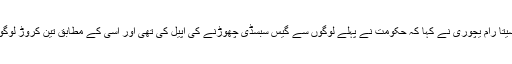
اس سے قبل مارکسی کمیونسٹ پارٹی (سی پی ایم) کے لیڈر سیتا رام یچوری نے کہا کہ حکومت نے پہلے لوگوں سے گیس سبسڈی چھوڑنے کی اپیل کی تھی اور اسی کے مطابق تین کروڑ لوگوں نے سبسڈی چھوڑ بھی دی جس کا فائدہ غریبوں کو دیا گیا۔